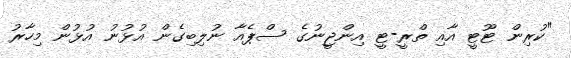
"ކުރިން ޓޫޓީ އާއި ތްރީ-ޓީ އިންޖީނުގެ ސްޕެއާ ނުލިބިގެން އުޅުނު އުޅުން މިހާރު